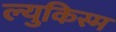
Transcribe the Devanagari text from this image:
ल्युकिस्म